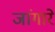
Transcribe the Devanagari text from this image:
जांगारे